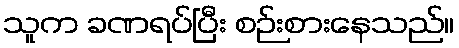
သူက ခဏရပ်ပြီး စဉ်းစားနေသည်။